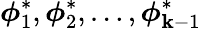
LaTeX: \boldsymbol{\phi}_{1}^{*},\boldsymbol{\phi}_{2}^{*},\ldots,\boldsymbol{\phi}_{\mathbf{k}-1}^{*}